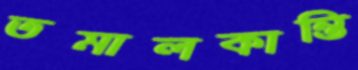
তমালকান্তি